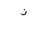
Letter: _thal